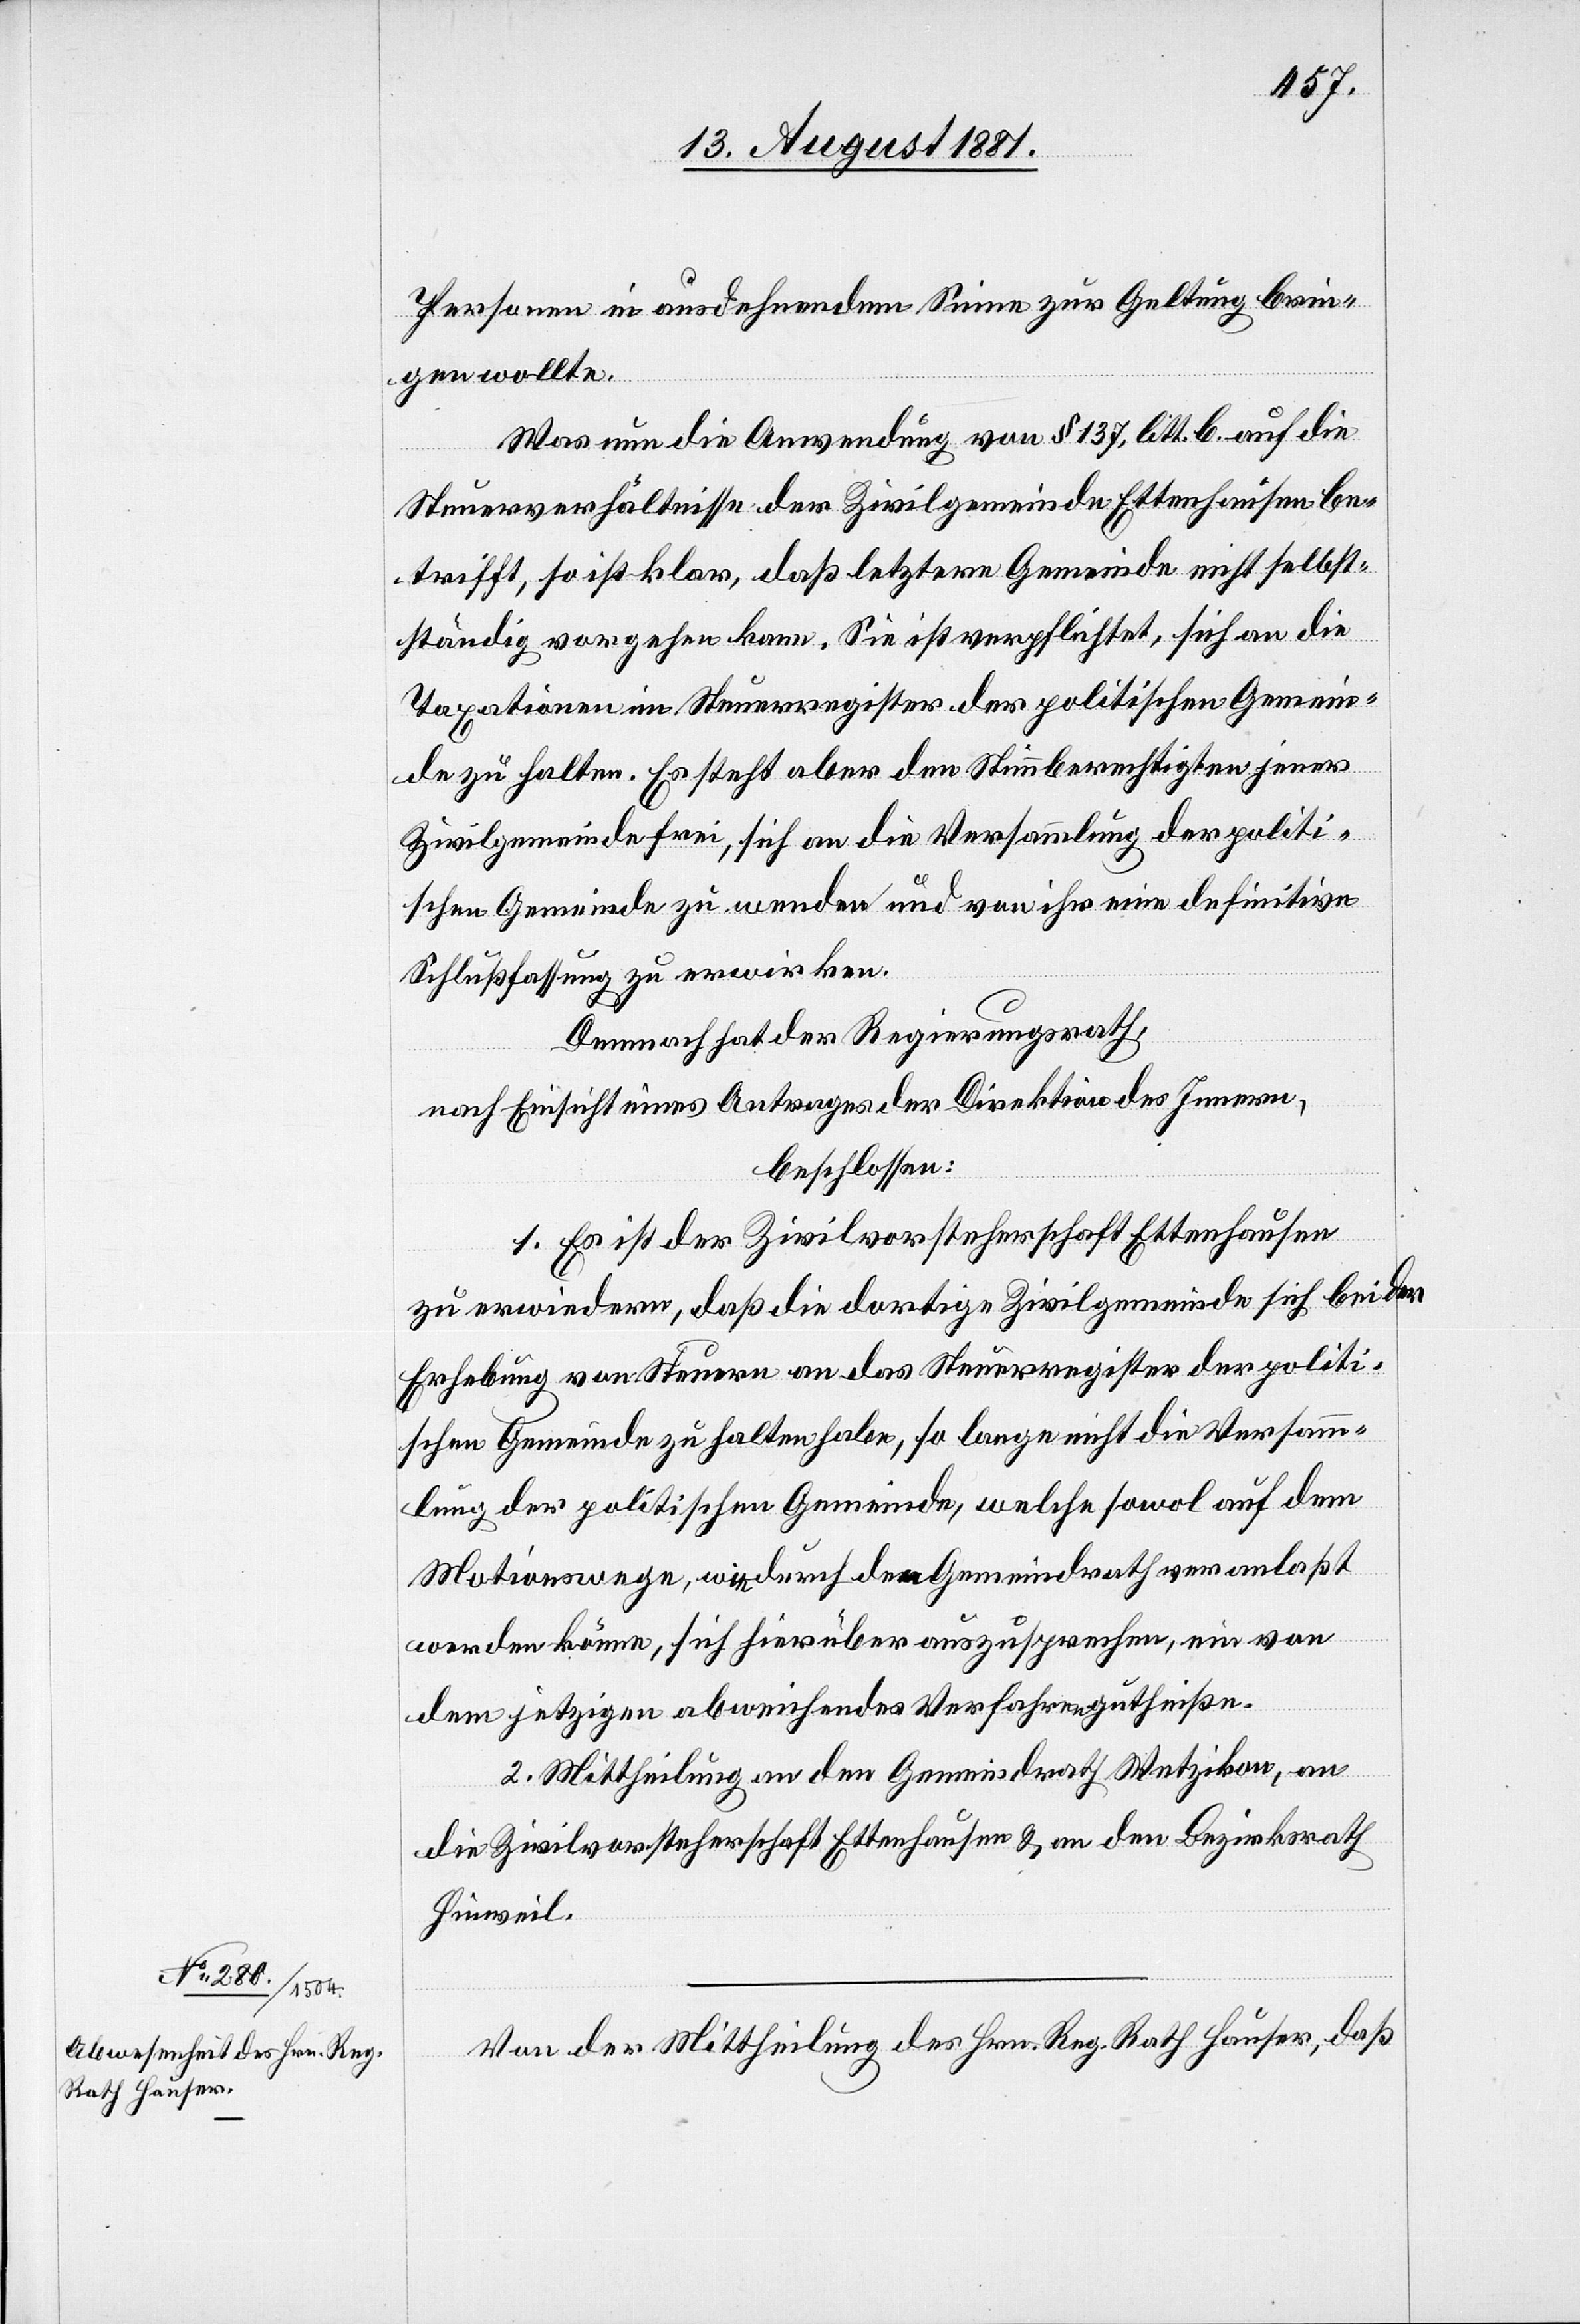
Personen in ausdehnendem Sinne zur Geltung brin¬
gen wollte.
Was nun die Anwendung von § 137, litt. b. auf die
Steuerverhältnisse der Zivilgemeinde Ettenhausen be¬
trifft, so ist klar, daß letztere Gemeinde nicht selbst¬
ständig vorgehen kann. Sie ist verpflichtet, sich an die
Taxationen im Steuerregister der politischen Gemein¬
de zu halten. Es steht aber den Stimmberechtigten jener
Zivilgemeinde frei, sich an die Versammlung der politi¬
schen Gemeinde zu wenden und von ihr eine definitive
Schlußfassung zu erwirken.
Demnach hat der Regierungsrath,
nach Einsicht eines Antrages der Direktion des Innern,
beschlossen:
1. Es ist der Zivilvorsteherschaft Ettenhausen
zu erwiedern, daß die dortige Zivilgemeinde sich bei der
Erhebung von Steuern an das Steuerregister der politi¬
schen Gemeinde zu halten habe, so lange nicht die Versamm¬
lung der politischen Gemeinde, welche sowol auf dem
Motionswege, wie durch den Gemeindrath veranlaßt
werden könne, sich hierüber auszusprechen, ein von
dem jetzigen abweichendes Verfahren gutzuheißen.
2. Mittheilung an den Gemeindrath Wetzikon, an
die Zivilvorsteherschaft Ettenhausen & an den Bezirksrath
Hinweil.
Von der Mittheilung des Hrn. Reg. Rath Hauser, daß